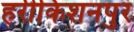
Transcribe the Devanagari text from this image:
हरीकिशनपुर